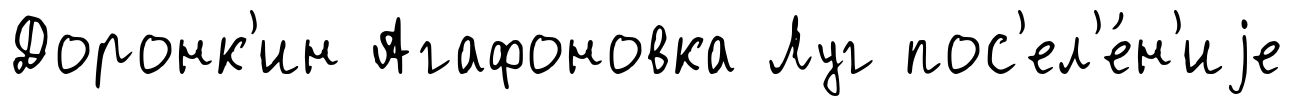
Доронк'ин Агафоновка Луг пос'ел'е́н'иjе